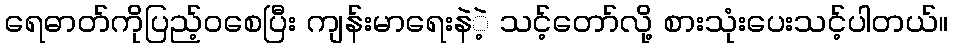
ရေဓာတ်ကိုပြည့်ဝစေပြီး ကျန်းမာရေးနဲဲ့ သင့်တော်လို့ စားသုံးပေးသင့်ပါတယ်။